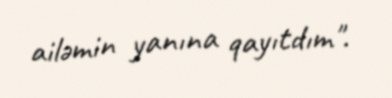
ailəmin yanına qayıtdım".